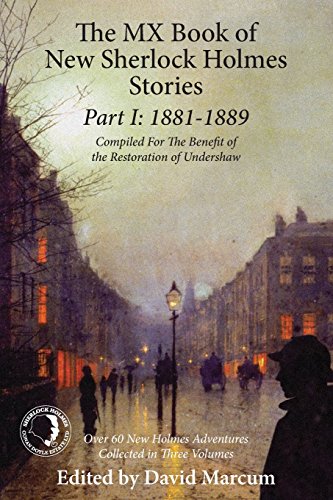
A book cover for The MX Book of New Sherlock Holmes Stories Part I: 1881 to 1889; Mystery, Thriller & Suspense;